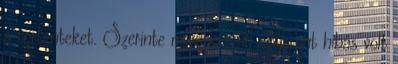
a történteket. Szerinte mind két fél egyaránt hibás volt